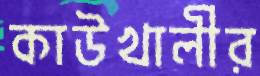
কাউখালীর